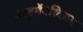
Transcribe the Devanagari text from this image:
इंस्ट्रूमेंटलिज़म